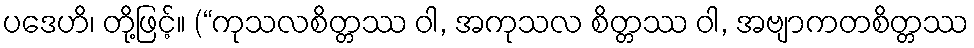
ပဒေဟိ၊ တို့ဖြင့်။ (“ကုသလစိတ္တဿ ဝါ, အကုသလ စိတ္တဿ ဝါ, အဗျာကတစိတ္တဿ